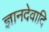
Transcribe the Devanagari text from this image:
ज्ञानदेवादि